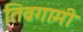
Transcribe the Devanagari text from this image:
तिव्रगामी